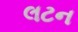
લટન